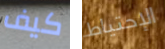
كيف الإحتياط